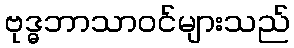
ဗုဒ္ဓဘာသာဝင်များသည်